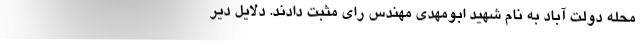
محله دولت آباد به نام شهید ابومهدی مهندس رای مثبت دادند. دلایل دیر